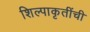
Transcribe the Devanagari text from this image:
शिल्पाकृतींची